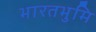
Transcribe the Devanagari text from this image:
भारतभुमि